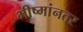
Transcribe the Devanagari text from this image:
भीष्मांनतर